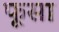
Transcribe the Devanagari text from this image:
फूसा